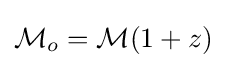
{\mathcal {M}}_{o}={\mathcal {M}}(1+z)